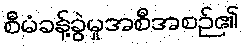
စီမံခန့်ခွဲမှုအစီအစဉ်၏